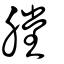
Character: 膛